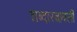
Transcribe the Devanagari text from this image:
शब्दारत्नावली